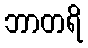
ဘာတရိ